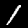
Digit: 1